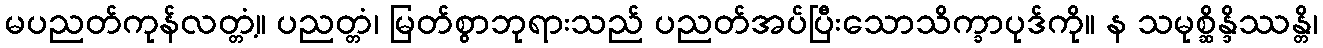
မပညတ်ကုန်လတ္တံ့။ ပညတ္တံ၊ မြတ်စွာဘုရားသည် ပညတ်အပ်ပြီးသောသိက္ခာပုဒ်ကို။ န သမုစ္ဆိန္ဒိဿန္တိ၊